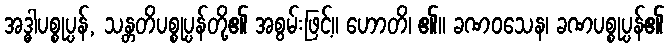
အဒ္ဓါပစ္စုပ္ပန်, သန္တတိပစ္စုပ္ပန်တို့၏ အစွမ်းဖြင့်။ ဟောတိ၊ ၏။ ခဏဝသေန၊ ခဏပစ္စုပ္ပန်၏